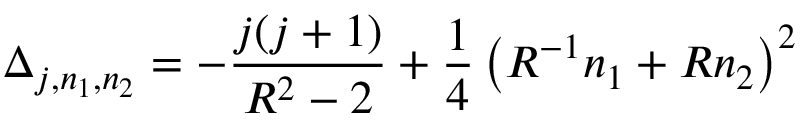
\Delta _ { j , n _ { 1 } , n _ { 2 } } = - { \frac { j ( j + 1 ) } { R ^ { 2 } - 2 } } + { \frac { 1 } { 4 } } \left( R ^ { - 1 } n _ { 1 } + R n _ { 2 } \right) ^ { 2 }